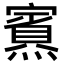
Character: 𪹿